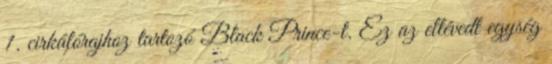
1. cirkálórajhoz tartozó Black Prince-t. Ez az eltévedt egység